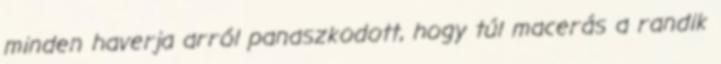
minden haverja arról panaszkodott, hogy túl macerás a randik